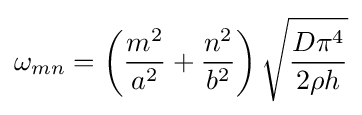
\omega _{mn}=\left({\frac {m^{2}}{a^{2}}}+{\frac {n^{2}}{b^{2}}}\right){\sqrt {\frac {D\pi ^{4}}{2\rho h}}}